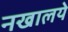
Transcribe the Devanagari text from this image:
नखालये